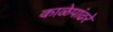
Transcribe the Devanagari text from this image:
काळेपांढरे